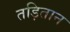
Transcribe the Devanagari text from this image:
तड़ितान